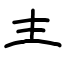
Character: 龶